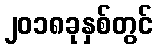
၂၀၁၈ခုနှစ်တွင်